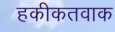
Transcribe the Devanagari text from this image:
हकीकतवाक